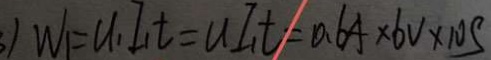
W _ { 1 } = u _ { 1 } I _ { 1 } t = u I _ { 1 } t = 0 . 6 A \times 6 V \times 1 0 s